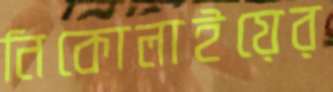
নিকোলাইয়ের